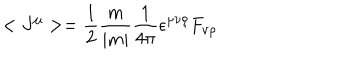
LaTeX: < J ^ { \mu } > = \frac { 1 } { 2 } \frac { m } { | m | } \frac { 1 } { 4 \pi } \epsilon ^ { \mu \nu \rho } F _ { \nu \rho }